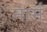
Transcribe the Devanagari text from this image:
नार्म